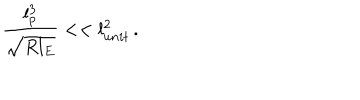
LaTeX: \frac { l _ { p } ^ { 3 } } { \sqrt { R l _ { E } } } < < l _ { u n i t } ^ { 2 } \, .